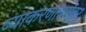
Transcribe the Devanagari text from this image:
व्याकरणाबरोबर